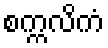
စက္ကလိကံ